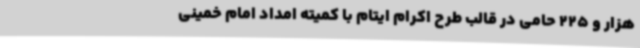
هزار و 225 حامی در قالب طرح اکرام ایتام با کمیته امداد امام خمینی